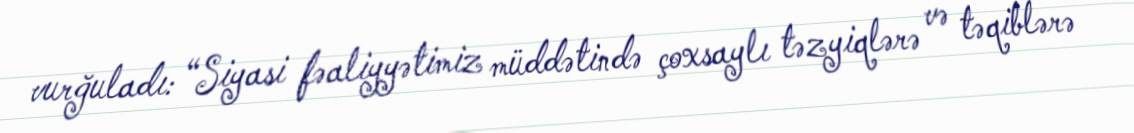
vurğuladı: “Siyasi fəaliyyətimiz müddətində çoxsaylı təzyiqlərə və təqiblərə